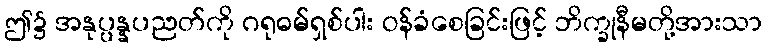
ဤ၌ အနုပ္ပန္နပညတ်ကို ဂရုဓမ်ရှစ်ပါး ဝန်ခံစေခြင်းဖြင့် ဘိက္ခုနီမတို့အားသာ